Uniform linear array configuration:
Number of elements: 32
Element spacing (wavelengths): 0.25
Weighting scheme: blackman
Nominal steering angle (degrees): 0
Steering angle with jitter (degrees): -0.6469
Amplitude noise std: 0.05
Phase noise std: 0.05

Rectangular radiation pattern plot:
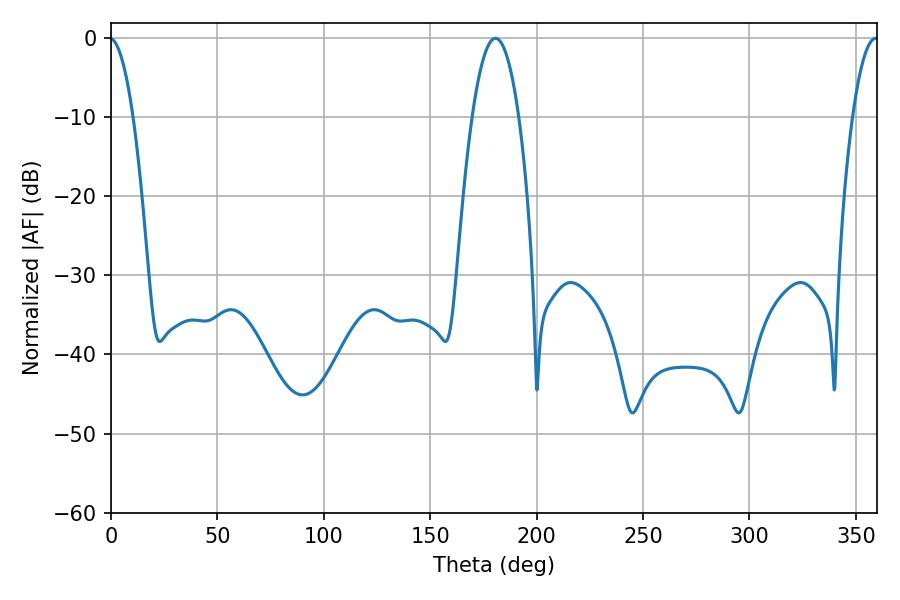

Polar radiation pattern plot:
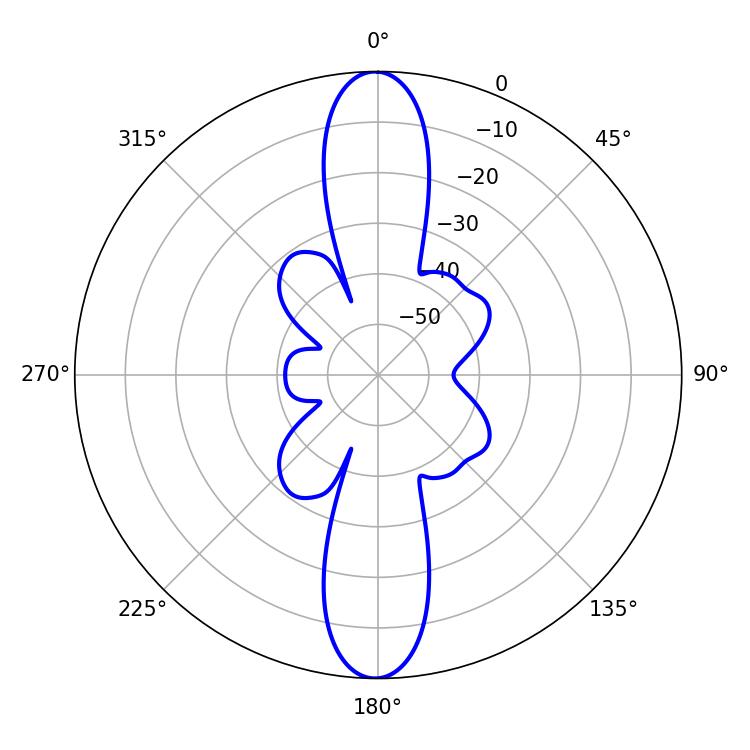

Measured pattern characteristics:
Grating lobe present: FALSE
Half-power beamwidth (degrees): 6.66
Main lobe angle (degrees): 359.28